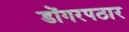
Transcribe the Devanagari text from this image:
डोंगरपठार